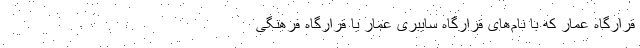
قرارگاه عمّار که با نام‌های قرارگاه سایبری عمار یا قرارگاه فرهنگی